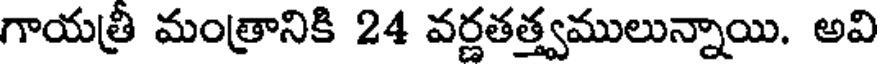
గాయత్రీ మంత్రానికి 24 వర్ణతత్త్వములున్నాయి. అవి